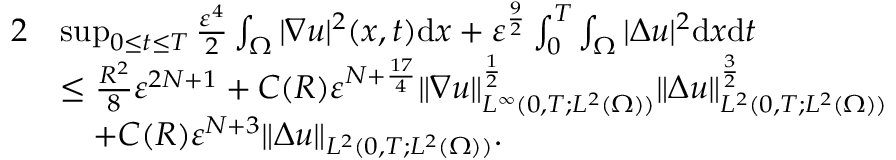
\begin{array} { r l } { { 2 } } & { \operatorname* { s u p } _ { 0 \leq t \leq T } \frac { \varepsilon ^ { 4 } } { 2 } \int _ { \Omega } | \nabla u | ^ { 2 } ( x , t ) \mathrm { d } x + \varepsilon ^ { \frac { 9 } { 2 } } \int _ { 0 } ^ { T } \int _ { \Omega } | \Delta u | ^ { 2 } \mathrm { d } x \mathrm { d } t } \\ & { \leq \frac { R ^ { 2 } } { 8 } \ensuremath { \varepsilon } ^ { 2 N + 1 } + C ( R ) \ensuremath { \varepsilon } ^ { N + \frac { 1 7 } 4 } \| \nabla u \| _ { L ^ { \infty } ( 0 , T ; L ^ { 2 } ( \Omega ) ) } ^ { \frac { 1 } { 2 } } \| \Delta u \| _ { L ^ { 2 } ( 0 , T ; L ^ { 2 } ( \Omega ) ) } ^ { \frac { 3 } { 2 } } } \\ & { \quad + C ( R ) \varepsilon ^ { N + 3 } \| \Delta u \| _ { L ^ { 2 } ( 0 , T ; L ^ { 2 } ( \Omega ) ) } . } \end{array}